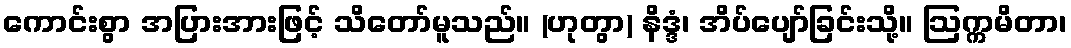
ကောင်းစွာ အပြားအားဖြင့် သိတော်မူသည်။ (ဟုတွာ) နိဒ္ဒံ၊ အိပ်ပျော်ခြင်းသို့။ ဩက္ကမိတာ၊